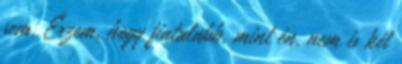
sem. Érzem, hogy fiatalabb, mint én, nem is két